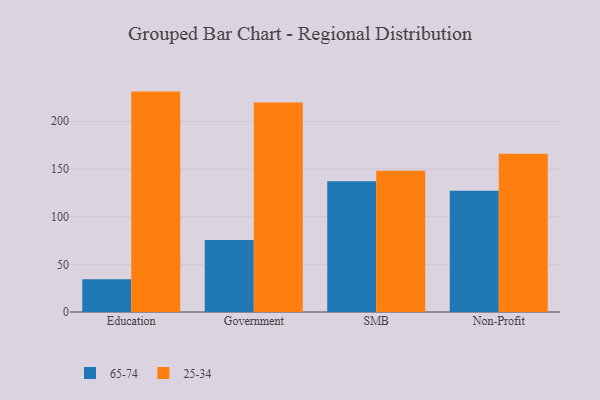
{"axis": {"x": "Segment", "y": "Website Visitors"}, "legend": ["25-34", "65-74"], "data": [{"x": "Education", "y": 34.4, "type": "65-74"}, {"x": "Education", "y": 231.1, "type": "25-34"}, {"x": "Government", "y": 75.4, "type": "65-74"}, {"x": "Government", "y": 219.6, "type": "25-34"}, {"x": "SMB", "y": 137.2, "type": "65-74"}, {"x": "SMB", "y": 148.0, "type": "25-34"}, {"x": "Non-Profit", "y": 127.2, "type": "65-74"}, {"x": "Non-Profit", "y": 166.0, "type": "25-34"}]}